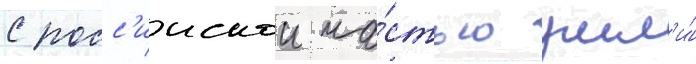
с росс'иискои ча́стью ушл'и́